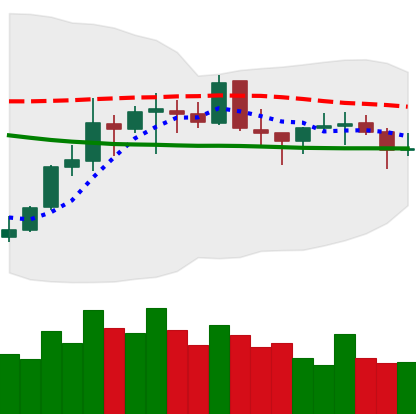
Ticker: EOS-USD
Chart end date: 2021-10-18
Forward return: 7.422%
Label: up_7plus